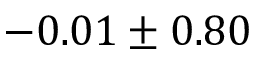
- 0 . 0 1 \pm 0 . 8 0